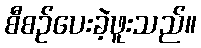
စီစဉ်ပေးခဲ့ဖူးသည်။